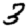
Digit: 3